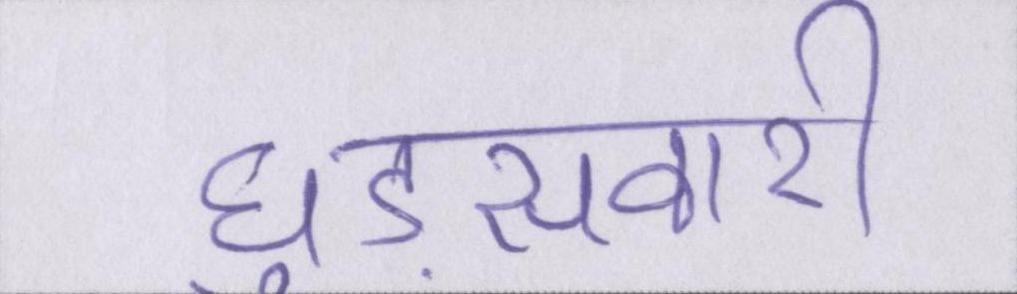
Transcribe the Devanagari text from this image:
घुड़सवारी